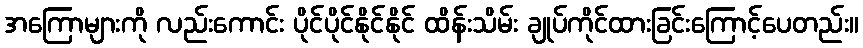
အကြောများကို လည်းကောင်း ပိုင်ပိုင်နိုင်နိုင် ထိန်းသိမ်း ချုပ်ကိုင်ထားခြင်းကြောင့်ပေတည်း။